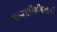
લાગણીશીલતાની